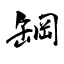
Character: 罁